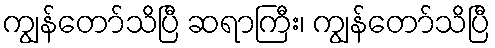
ကျွန်တော်သိပြီ ဆရာကြီး၊ ကျွန်တော်သိပြီ